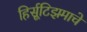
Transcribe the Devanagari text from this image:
हिर्सूटिझमाचे